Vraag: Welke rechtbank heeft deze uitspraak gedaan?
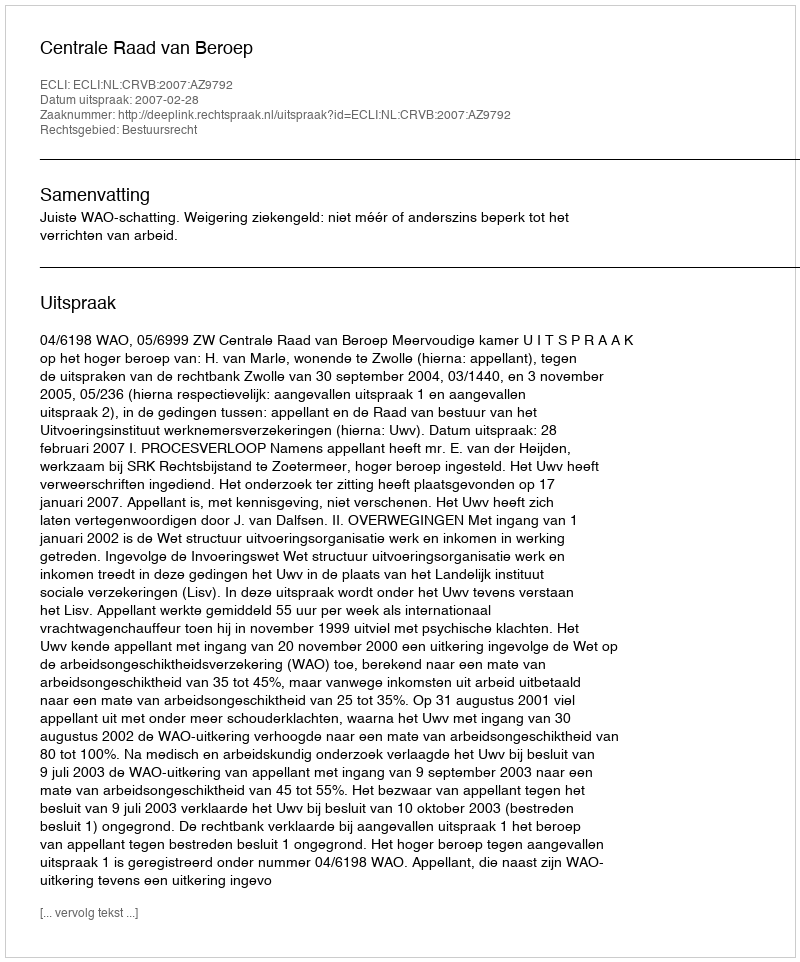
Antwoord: Centrale Raad van Beroep